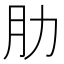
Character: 肋